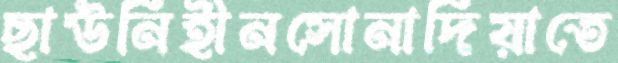
ছাউনিহীনসোনাদিয়াতে